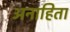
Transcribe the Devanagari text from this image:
अनाहिता